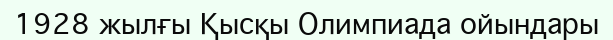
1928 жылғы Қысқы Олимпиада ойындары